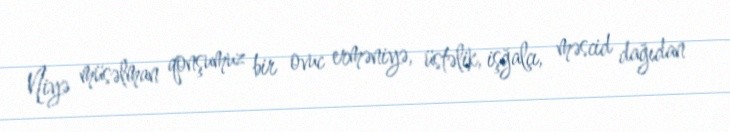
Niyə müsəlman qonşumuz bir ovuc erməniyə, üstəlik, işğalçı, məscid dağıdan